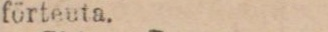
förteuta.